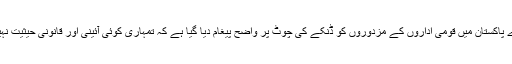
یکم مئی سے ایک دن پہلے پی آئی اے کے ملازمین سے نہ صرف یہ بنیادی حق چھینا گیا ہے بلکہ پورے پاکستان میں قومی اداروں کے مزدوروں کو ڈنکے کی چوٹ پر واضح پیغام دیا گیا ہے کہ تمہاری کوئی آئینی اور قانونی حیثیت نہیں، تمہیں کوئی تحفظ حاصل نہیں اور اب بدترین نجکاری، کٹوتیوں اور بیروزگاری کے لئے تیار ہو جاؤ۔